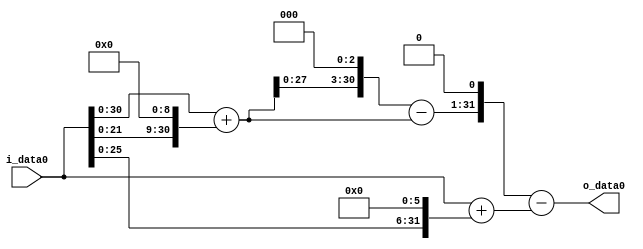
module multiplier_block (
    i_data0,
    o_data0
);

  // Port mode declarations:
  input   [31:0] i_data0;
  output  [31:0]
    o_data0;

  //Multipliers:

  wire [31:0]
    w1,
    w512,
    w513,
    w4104,
    w3591,
    w64,
    w65,
    w7182,
    w7117;

  assign w1 = i_data0;
  assign w3591 = w4104 - w513;
  assign w4104 = w513 << 3;
  assign w512 = w1 << 9;
  assign w513 = w1 + w512;
  assign w64 = w1 << 6;
  assign w65 = w1 + w64;
  assign w7117 = w7182 - w65;
  assign w7182 = w3591 << 1;

  assign o_data0 = w7117;

  //multiplier_block area estimate = 7497.70553614559;
endmodule